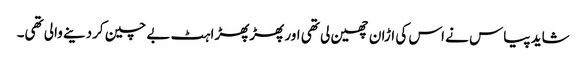
شاید پیاس نے اس کی اڑان چھین لی تھی اور پھڑپھڑاہٹ بے چین کردینے والی تھی۔